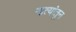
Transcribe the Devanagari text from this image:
नात्यांतून